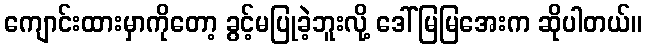
ကျောင်းထားမှာကိုတော့ ခွင့်မပြုခဲ့ဘူးလို့ ဒေါ်မြမြအေးက ဆိုပါတယ်။